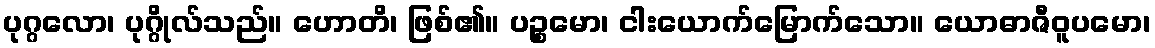
ပုဂ္ဂလော၊ ပုဂ္ဂိုလ်သည်။ ဟောတိ၊ ဖြစ်၏။ ပဉ္စမော၊ ငါးယောက်မြောက်သော။ ယောဓာဇီဝူပမော၊